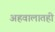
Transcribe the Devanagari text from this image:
अहवालातही